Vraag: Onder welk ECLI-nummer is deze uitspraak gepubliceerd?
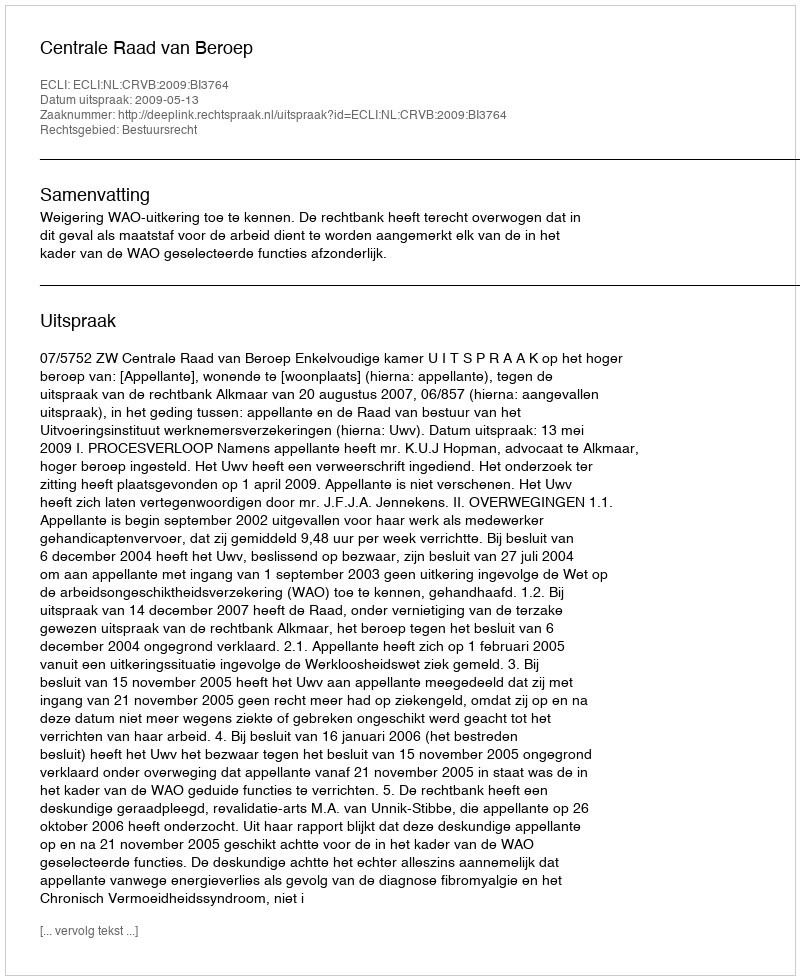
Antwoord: ECLI:NL:CRVB:2009:BI3764